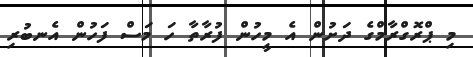
މި ޕްރޮގްރާމްގެ ދަށުން އެ މީހުން ފުރާތާ ހަ މަސް ފަހުން އެނބުރި